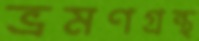
ভ্রমণগ্রন্থ